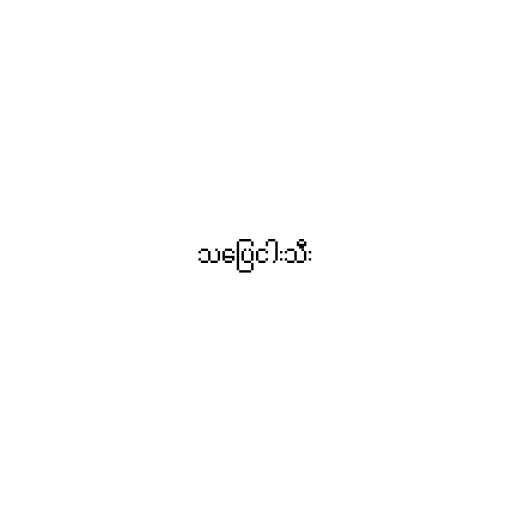
သပြေငါးသီး